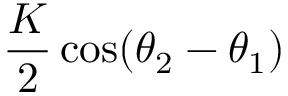
\frac { K } { 2 } \cos ( \theta _ { 2 } - \theta _ { 1 } )